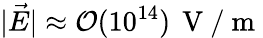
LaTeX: |\vec{E}|\approx\mathcal{O}(10^{14})\, \mathrm{~V~}/\mathrm{~m~}